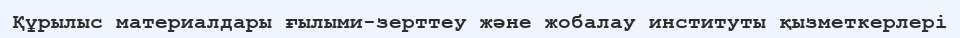
Құрылыс материалдары ғылыми-зерттеу және жобалау институты қызметкерлері